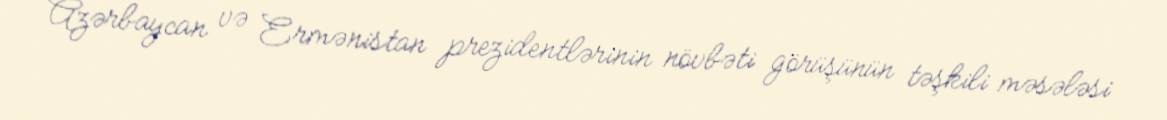
Azərbaycan və Ermənistan prezidentlərinin növbəti görüşünün təşkili məsələsi